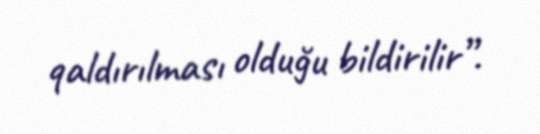
qaldırılması olduğu bildirilir”.